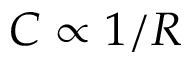
C \propto 1 / R